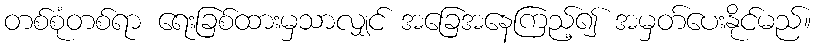
တစ်စုံတစ်ရာ ရေးခြစ်ထားမှသာလျှင် အခြေအနေကြည့်၍ အမှတ်ပေးနိုင်မည်။